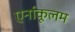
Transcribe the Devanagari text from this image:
एर्नाकूलम